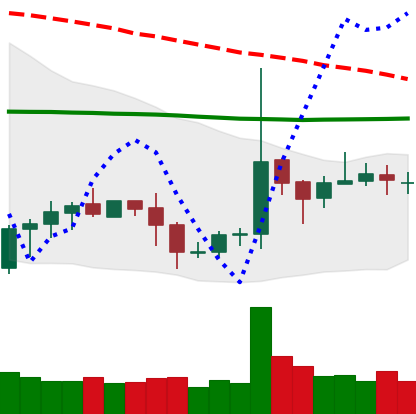
Ticker: EOS-USD
Chart end date: 2020-10-13
Forward return: -3.406%
Label: down_3_5